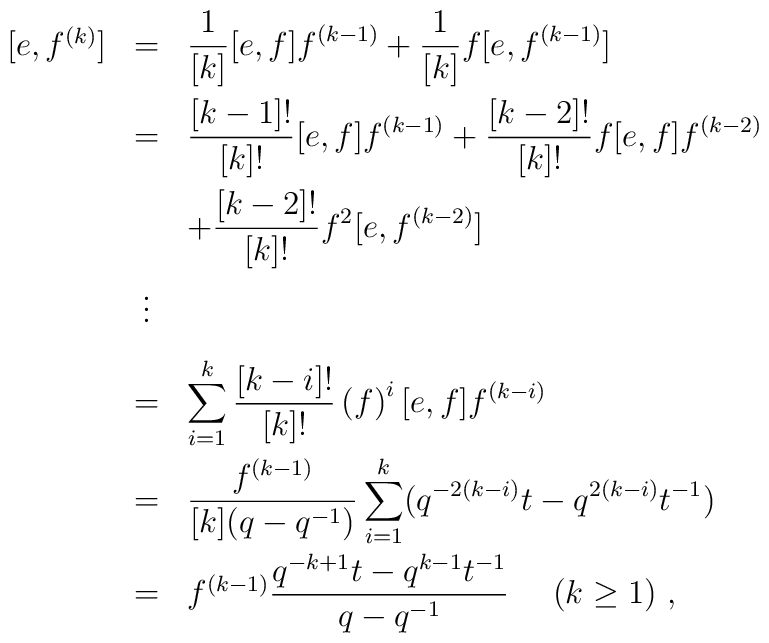
\begin{array}{rcl}[e,f^{(k)}]&=&\displaystyle\frac{1}{[k]}[e,f]f^{(k-1)}+                    \frac{1}{[k]}f[e,f^{(k-1)}]\\[4mm]                 &=&\displaystyle\frac{[k-1]!}{[k]!}[e,f]f^{(k-1)}                    +\frac{[k-2]!}{[k]!}f[e,f]f^{(k-2)}\\[4mm]                 & & \displaystyle  +\frac{[k-2]!}{[k]!}f^2[e,f^{(k-2)}]\\[4mm]                 &\vdots&\\[3mm]                 &=& \displaystyle\sum_{i=1}^k                    \frac{[k-i]!}{[k]!}\left(f\right)^i[e,f]f^{(k-i)}                    \\[4mm]                 &=&\displaystyle\frac{f^{(k-1)}}{[k](q-q^{-1})}                    \sum_{i=1}^k(q^{-2(k-i)}t-q^{2(k-i)}t^{-1})\\[4mm]                 &=&f^{(k-1)}\displaystyle\frac{q^{-k+1}t-q^{k-1}t^{-1}}                 {q-q^{-1}}~~~~(k\geq 1)~,\end{array}